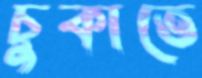
চুকাতে